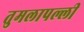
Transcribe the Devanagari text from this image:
तुमलापल्ली